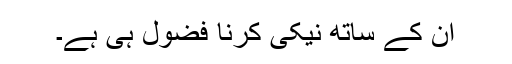
ان کے ساتھ نیکی کرنا فضول ہی ہے۔